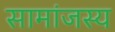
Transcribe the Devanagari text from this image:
सामांजस्य